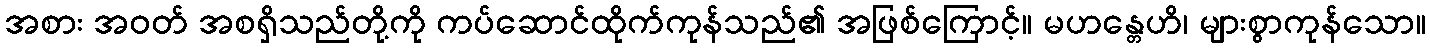
အစား အဝတ် အစရှိသည်တို့ကို ကပ်ဆောင်ထိုက်ကုန်သည်၏ အဖြစ်ကြောင့်။ မဟန္တေဟိ၊ များစွာကုန်သော။